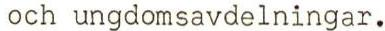
och ungdomsavdelningar.